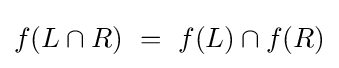
f(L\cap R)~=~f(L)\cap f(R)